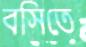
বসিতে